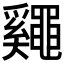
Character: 𪓷